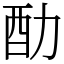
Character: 䣦